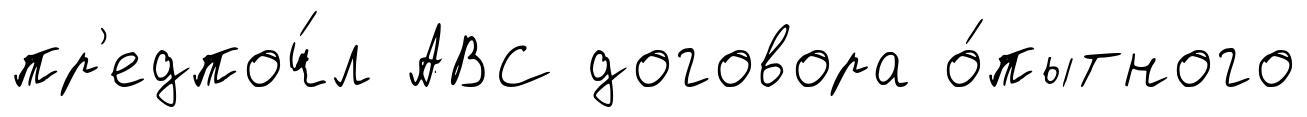
пр'едпоч́л АВС договора о́пытного